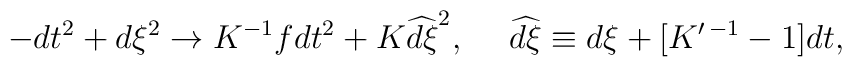
-dt^2+d\xi^2\to K^{-1}fdt^2+K\widehat{d\xi}^2,\ \ \ \ \widehat{d\xi}\equiv d\xi+[K^{\prime\,-1}-1]dt,